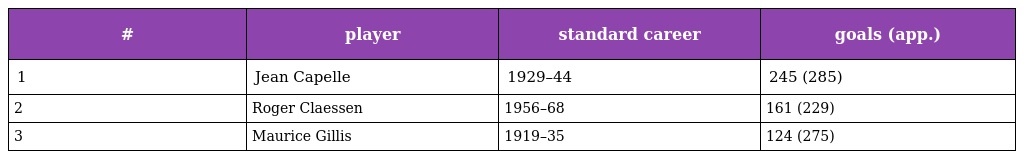
| # | player | standard career | goals (app.) |
 | --- | --- | --- | --- |
 | 1 | Jean Capelle | 1929–44 | 245 (285) |
 | 2 | Roger Claessen | 1956–68 | 161 (229) |
 | 3 | Maurice Gillis | 1919–35 | 124 (275) |